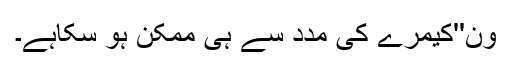
ون''کیمرے کی مدد سے ہی ممکن ہو سکاہے۔